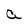
Character: a